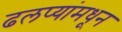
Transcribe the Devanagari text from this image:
ढलप्यांमधून